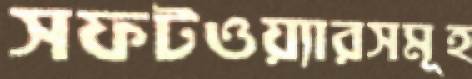
সফটওয়্যারসমূহ